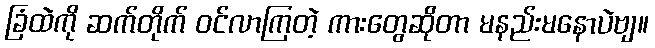
ခြံထဲကို ဆက်တိုက် ဝင်လာကြတဲ့ ကားတွေဆိုတာ မနည်းမနောပဲဗျ။